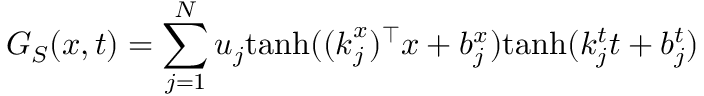
G _ { S } ( \boldsymbol { x } , t ) = \sum _ { j = 1 } ^ { N } u _ { j } \mathrm { t a n h } ( ( \boldsymbol { k } _ { j } ^ { x } ) ^ { \top } \boldsymbol { x } + b _ { j } ^ { x } ) \mathrm { t a n h } ( k _ { j } ^ { t } t + b _ { j } ^ { t } )